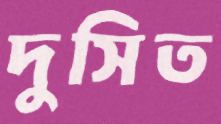
দুসিত